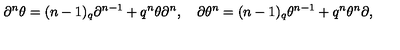
\partial ^ { n } \theta = ( n - 1 ) _ { q } \partial ^ { n - 1 } + q ^ { n } \theta \partial ^ { n } , \quad \partial \theta ^ { n } = ( n - 1 ) _ { q } \theta ^ { n - 1 } + q ^ { n } \theta ^ { n } \partial ,